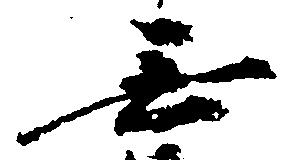
無